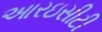
આરઇસીટી